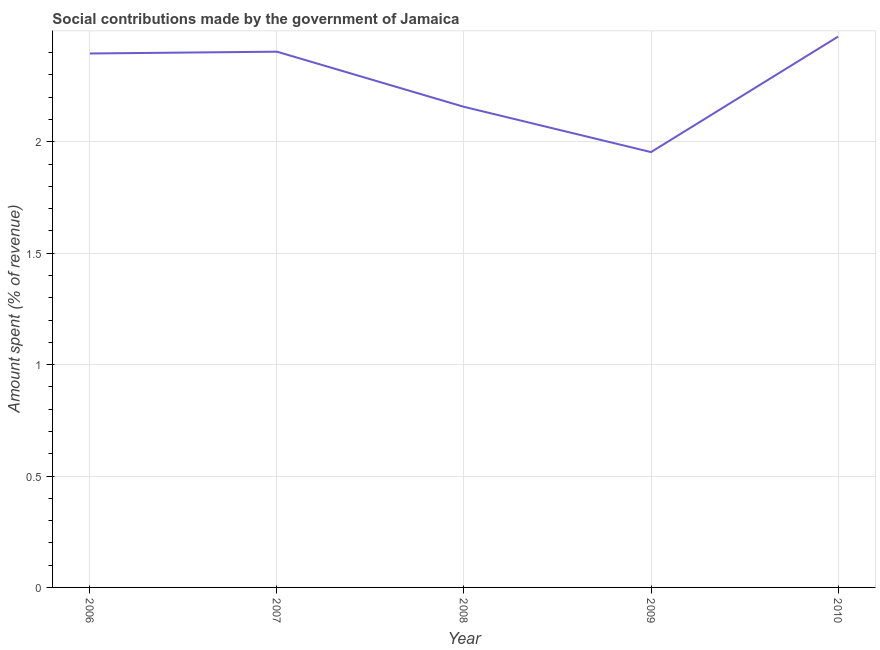
| Year | Social contributions |
 | --- | --- |
 | 2006 | 2.4 |
 | 2007 | 2.4 |
 | 2008 | 2.16 |
 | 2009 | 1.95 |
 | 2010 | 2.47 |